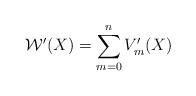
LaTeX: \begin{align*} \mathcal{W}'(X) = \sum_{m=0}^n V_m'(X)\end{align*}